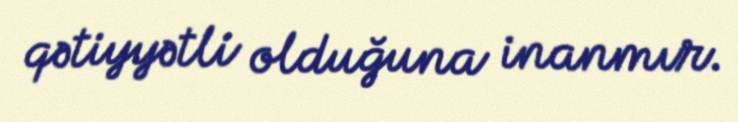
qətiyyətli olduğuna inanmır.